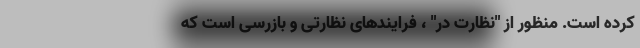
کرده است. منظور از "نظارت در" ، فرایندهای نظارتی و بازرسی است که